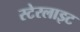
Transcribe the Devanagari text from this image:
स्टेरलाइट